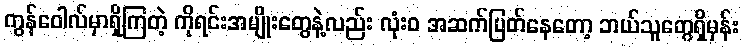
ကွန်ဝေါလ်မှာရှိကြတဲ့ ကိုရင်းအမျိုးတွေနဲ့လည်း လုံးဝ အဆက်ပြတ်နေတော့ ဘယ်သူတွေရှိမှန်း